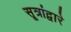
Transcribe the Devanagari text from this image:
सूत्रांद्वारे